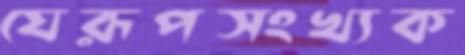
যেরূপসংখ্যক